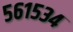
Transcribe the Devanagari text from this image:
५६१५३४